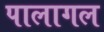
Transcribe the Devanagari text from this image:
पालागल